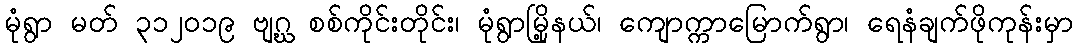
မုံရွာ မတ် ၃၁၂၀၁၉ ဗျဂ္ဃ စစ်ကိုင်းတိုင်း၊ မုံရွာမြို့နယ်၊ ကျောက္ကာမြောက်ရွာ၊ ရေနံချက်ဖိုကုန်းမှာ